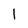
Character: 1